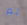
لم